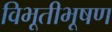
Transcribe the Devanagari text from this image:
विभूतीभूषण